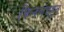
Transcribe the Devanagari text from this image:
फिनलंडहून